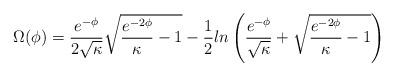
LaTeX: \begin{align*}\Omega(\phi) = \frac{e^{-\phi}}{2 \sqrt{\kappa}} \sqrt{\frac{e^{-2\phi}}{\kappa} - 1 } - \frac{1}{2} ln \left(\frac{e^{-\phi}}{ \sqrt{\kappa}} + \sqrt{\frac{e^{-2\phi}}{\kappa} - 1 } \right)\end{align*}